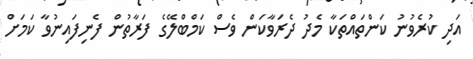
އަދި ކުރެވުނު ކަންތައްތަކާ މެދު ދެރަވާކަން ވެސް ކަމްބްލޭގެ ފަރާތުން ފެނިފައިނުވާ ކަމަށް